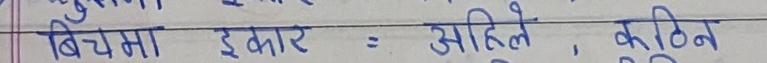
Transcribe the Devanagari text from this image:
बिचमा इकार = अहिले , कठिन